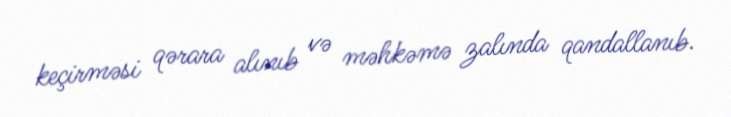
keçirməsi qərara alınıb və məhkəmə zalında qandallanıb.